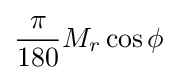
{\frac {\pi }{180}}M_{r}\cos \phi \!